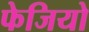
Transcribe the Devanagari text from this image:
फेजियो